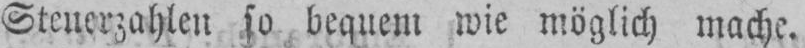
Steuerzahlen so bequem wie möglich mache.